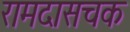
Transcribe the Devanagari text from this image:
रामदासचक